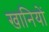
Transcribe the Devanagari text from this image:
खानियों